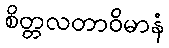
စိတ္တလတာဝိမာနံ